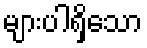
များပါရှိသော